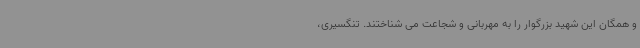
و همگان این شهید بزرگوار را به مهربانی و شجاعت می شناختند. تنگسیری،